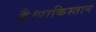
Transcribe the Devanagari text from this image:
है।पाकिस्तान